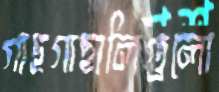
গাছগাছালিগুলো